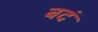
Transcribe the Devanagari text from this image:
बदं